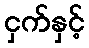
ငှက်နှင့်